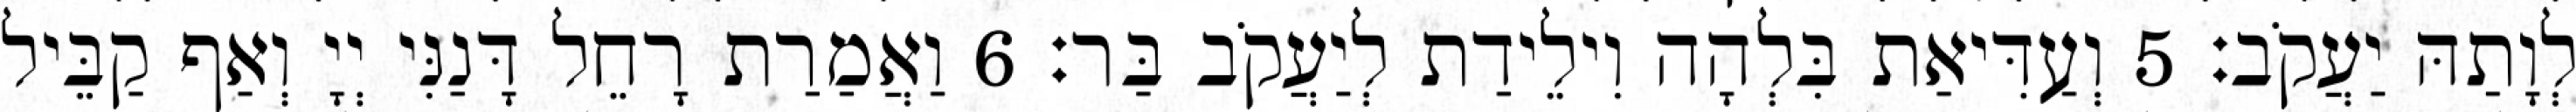
לְוָתַהּ יַעֲקֹב׃ 5 וְעַדִּיאַת בִּלְהָה וִילֵידַת לְיַעֲקֹב בַּר׃ 6 וַאֲמַרַת רָחֵל דָּנַנִּי יְיָ וְאַף קַבֵּיל